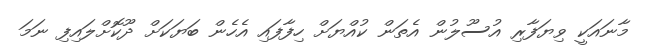
މާނައަކީ ވިޔަފާރި އުސޫލުން އެތަން ކުއްޔަށް ހިފާފައި އެހެން ބަޔަކަށް ދޫކޮށްލައިފި ނަމަ